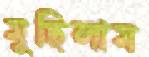
মুছিলাম